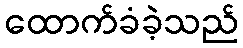
ထောက်ခံခဲ့သည်